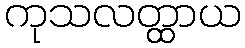
ကုသလတ္ထာယ